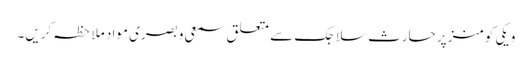
ویکی کومنز پر حارث سلاجک سے متعلق سمعی و بصری مواد ملاحظہ کریں۔